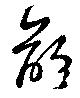
齡